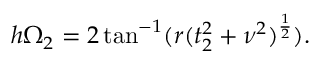
h \Omega _ { 2 } = 2 \tan ^ { - 1 } ( r ( t _ { 2 } ^ { 2 } + \nu ^ { 2 } ) ^ { \frac { 1 } { 2 } } ) .